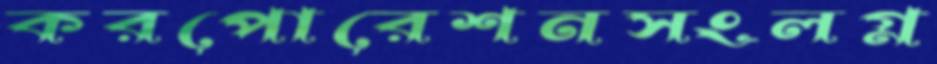
করপোরেশনসংলগ্ন